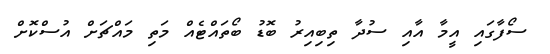
ސޯފާގައި އީމާ އާއި ސުދާ ތިބިއިރު ބޮޑު ބޯތައްޓެއް މަތި މައްޗަށް އުސްކޮށް